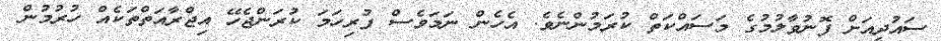
ސައުދީއަށް ފޮނުވާލުމުގެ މަސައްކަތް ކުރަމުންނެވެ. އެހެން ނަމަވެސް ފުރިހަމަ ކުރަންޖެހޭ އިޖްރާއަތްތަކެއް ހުރުމުން